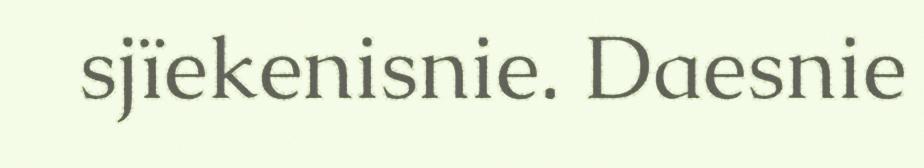
sjïekenisnie. Daesnie